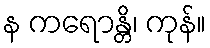
န ကရောန္တိ၊ ကုန်။